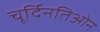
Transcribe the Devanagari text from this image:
चूर्दिनतिओन